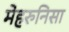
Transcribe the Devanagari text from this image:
मेहरुनिसा